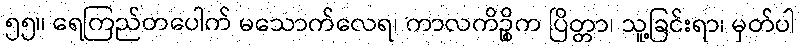
၅၅။ ရေကြည်တပေါက် မသောက်လေရ၊ ကာလကိဉ္စိက ပြိတ္တာ၊ သူ့ခြင်းရာ၊ မှတ်ပါ